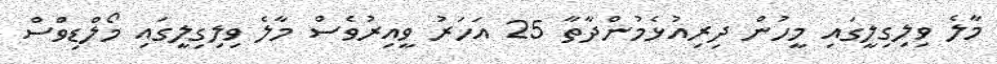
މާލެ ވިލިގިލީގައި މީހުން ދިިރިއުޅެމުންދާތާ 25 އަހަރު ވީއިރުވެސް މާލެ ވިލިގިލީގައި މޯލްޑިވްްސް